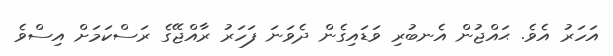
އަހަރު އެވެ. ޙައްޖުން އެނބުރި ވަޑައިގެން ދެވަނަ ފަހަރު ރާއްޖޭގެ ރަސްކަމަށް އިސްވެ